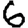
Digit: 6